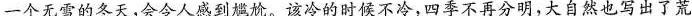
一个无雪的冬天，会令人感到尴尬。该冷的时候不冷，四季不再分明，大自然也写出了荒